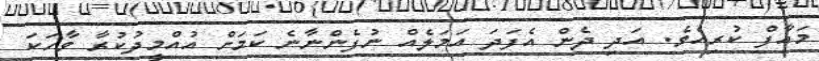
މައާފް ކުރިއެވެ. އަދި ދެން އެފަދަ އަމަލެއް ނުފެންނާނެ ކަމަށް އުއްމީދުކުރާ ވާހަކަ